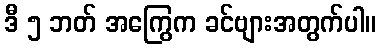
ဒီ ၅ ဘတ် အကြွေက ခင်ဗျားအတွက်ပါ။